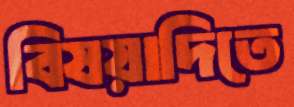
বিষয়াদিতে